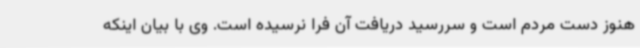
هنوز دست مردم است و سررسید دریافت آن فرا نرسیده است. وی با بیان اینکه